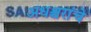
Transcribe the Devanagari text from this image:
अधश्चरांचे